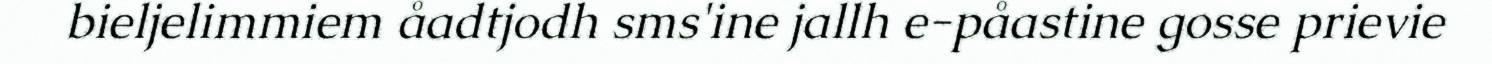
bieljelimmiem åadtjodh sms'ine jallh e-påastine gosse prievie